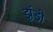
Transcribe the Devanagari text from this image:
झंड़ो